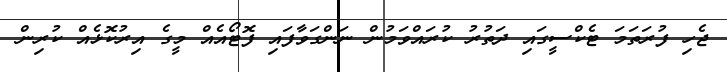
ޖެހި ފުރަތަމަ ޓެކްސީގައި ދަތުރު ކުރައްވަމުން ނަންގަވާފައި ފޮޓޯއެއް މީގެ އިރުކޮޅެއް ކުރިން